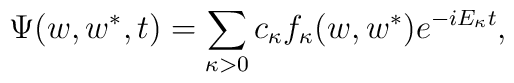
\Psi(w,w^{\ast},t)=\sum_{\kappa>0}^{}c_{\kappa}f_{\kappa}(w,w^{\ast})e^{-iE_{\kappa}t},